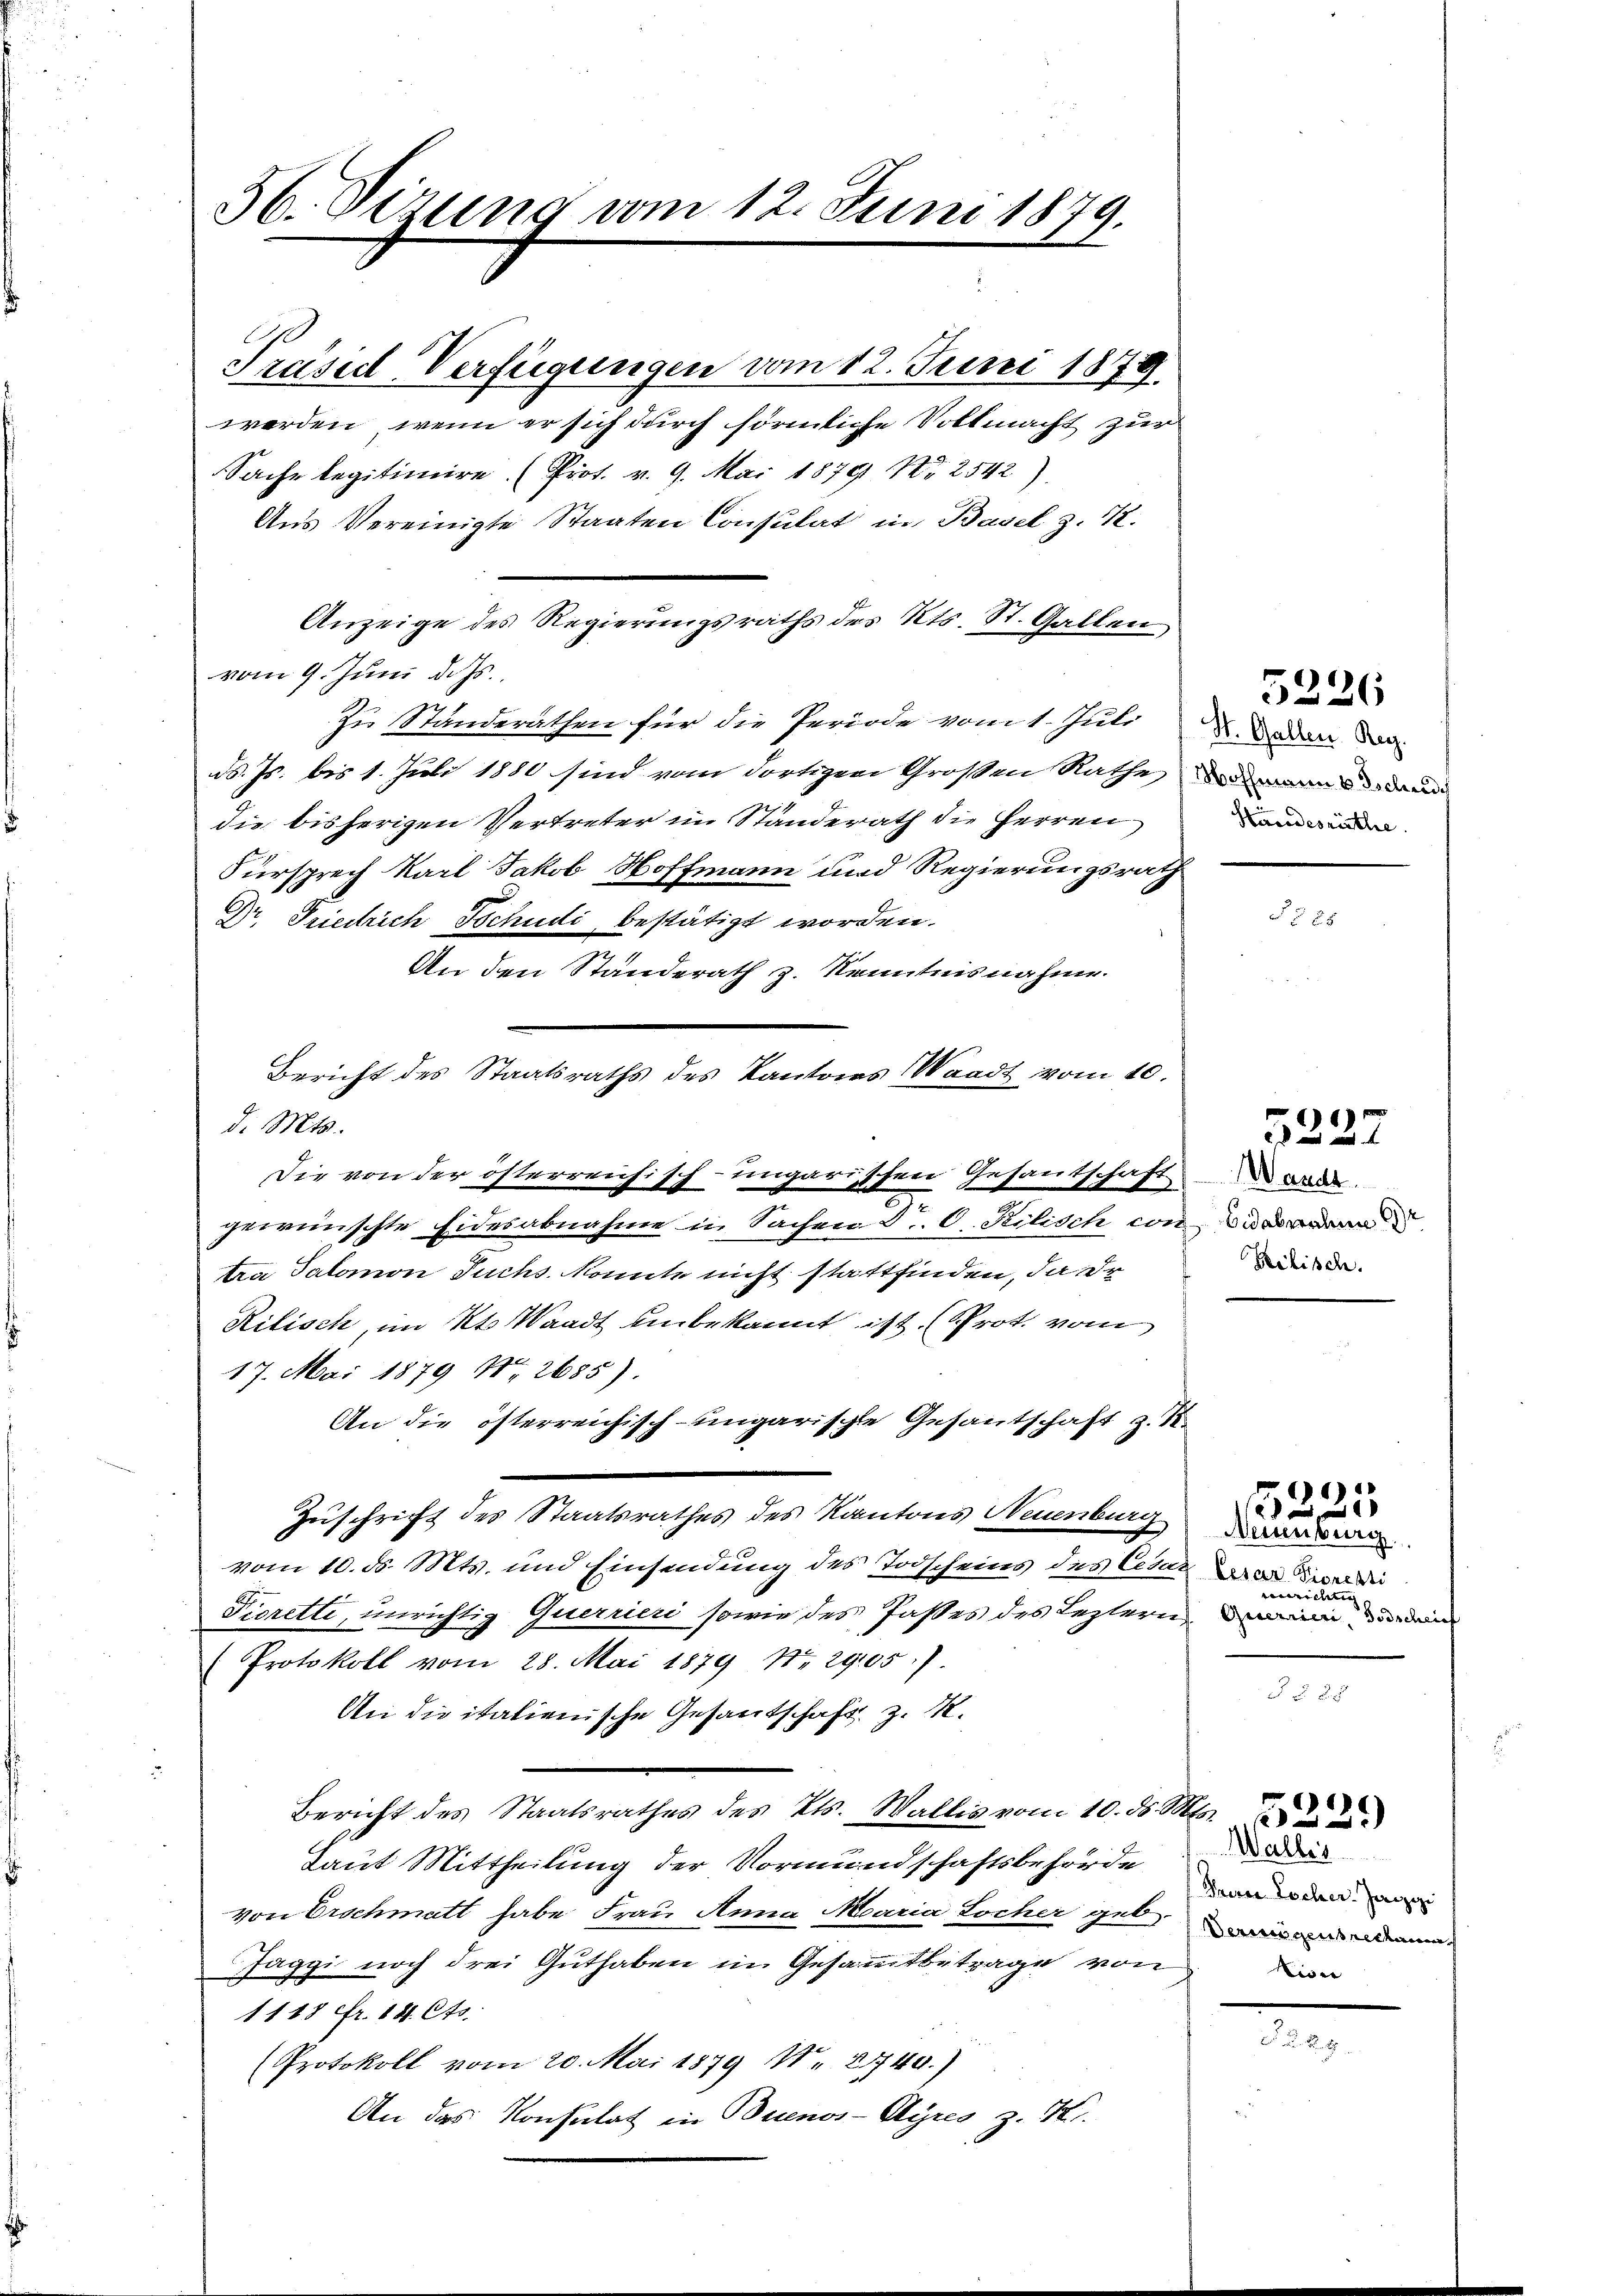
36. Sitzung vom 12. Juni 1879.

Präsid Verfügungen vom 12. Juni 1879.
werden, wenn er sich durch förmliche Vollmacht zur
Sache legitimire (Prot. v. 9. Mai 1879 Nr. 2542).
Aus Vereinigte Staaten Consulat in Basel z. K.
Anzeige des Regierungsraths des Kts. St. Gallen
vom 9. Juni d. Js.
zu Standerathen für die Periode vom 1. Juli
dd. Js. bis 1. Juli 1880 sind vom dortigen Großen Rathe und anderun
die bisherigen Vertreter in Ständerath die Herren
Fürsprech Karl Jakob Hoffmann und Regierungsrath
Dr. Friedrich Tschudi bestätigt worden.
An den Standerath z. Kenntnisnahme.
Bericht des Staatsraths des Kantons Waadt vom 10.
d. Mts.
Die von der österreichisch-ungarischen Gesantschaft
gewünschte Eidesabnahme in Sachen Dr. C. Rilisch con
tra Salomon Tuchs konnte nicht stattfinden, da dr
Rilisch, im Kt. Waadt unbekannt ist, (Prot. vom
17. Mai 1879 No 2685).
An die österreichisch-ungarische Gesantschaft z. B.
Zuschrift des Staatsrathes des Kantons Neuenburg
vom 10. ds. Mts. und Einsendung des Todscheins des Cesar
Picrette, unrichtig Querrieri sowie des Passes des Leztern
Protokoll vom 28. Mai 1879 Nr. 291057.
An die italienische Gesantschaft z. B.
Bericht des Staatsrathes des Kts. Wallis vom 10. ds. Mts. d
Laut Mittheilung der Vormundschaftsbehörde
von Erschmatt habe Frau Anna Maria Locher geb.
saggi noch drei Guthaben in Gesammtbetrage von
1118 fr. 14. Cts.
Protokoll vom 20. Mai 1879 N. 2740.)
An das Konsulat in Buenos-Ayres z. K.

St. Gallen Reg.
Stundesräthe

5226

5227

Wande
bidabmalen
Rilisch.

Naumbung
Lesar Pioresti
llung
Guerrier Todschrif

1529

Walles
Theren Locher. Janzigi
Derigensrechanen
Lise